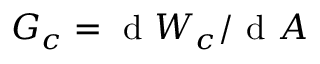
G _ { c } = \mathrm { ~ d ~ } W _ { c } / \mathrm { ~ d ~ } A